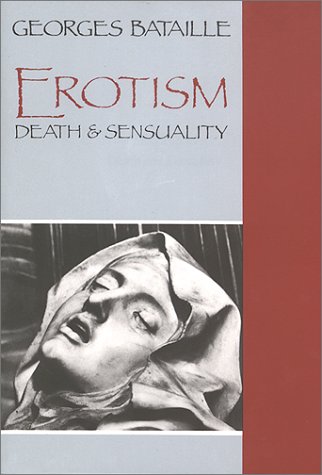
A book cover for Erotism: Death and Sensuality; Georges Bataille; Medical Books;